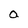
Character: O